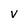
Character: V